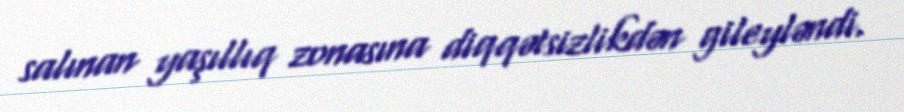
salınan yaşıllıq zonasına diqqətsizlikdən gileyləndi.